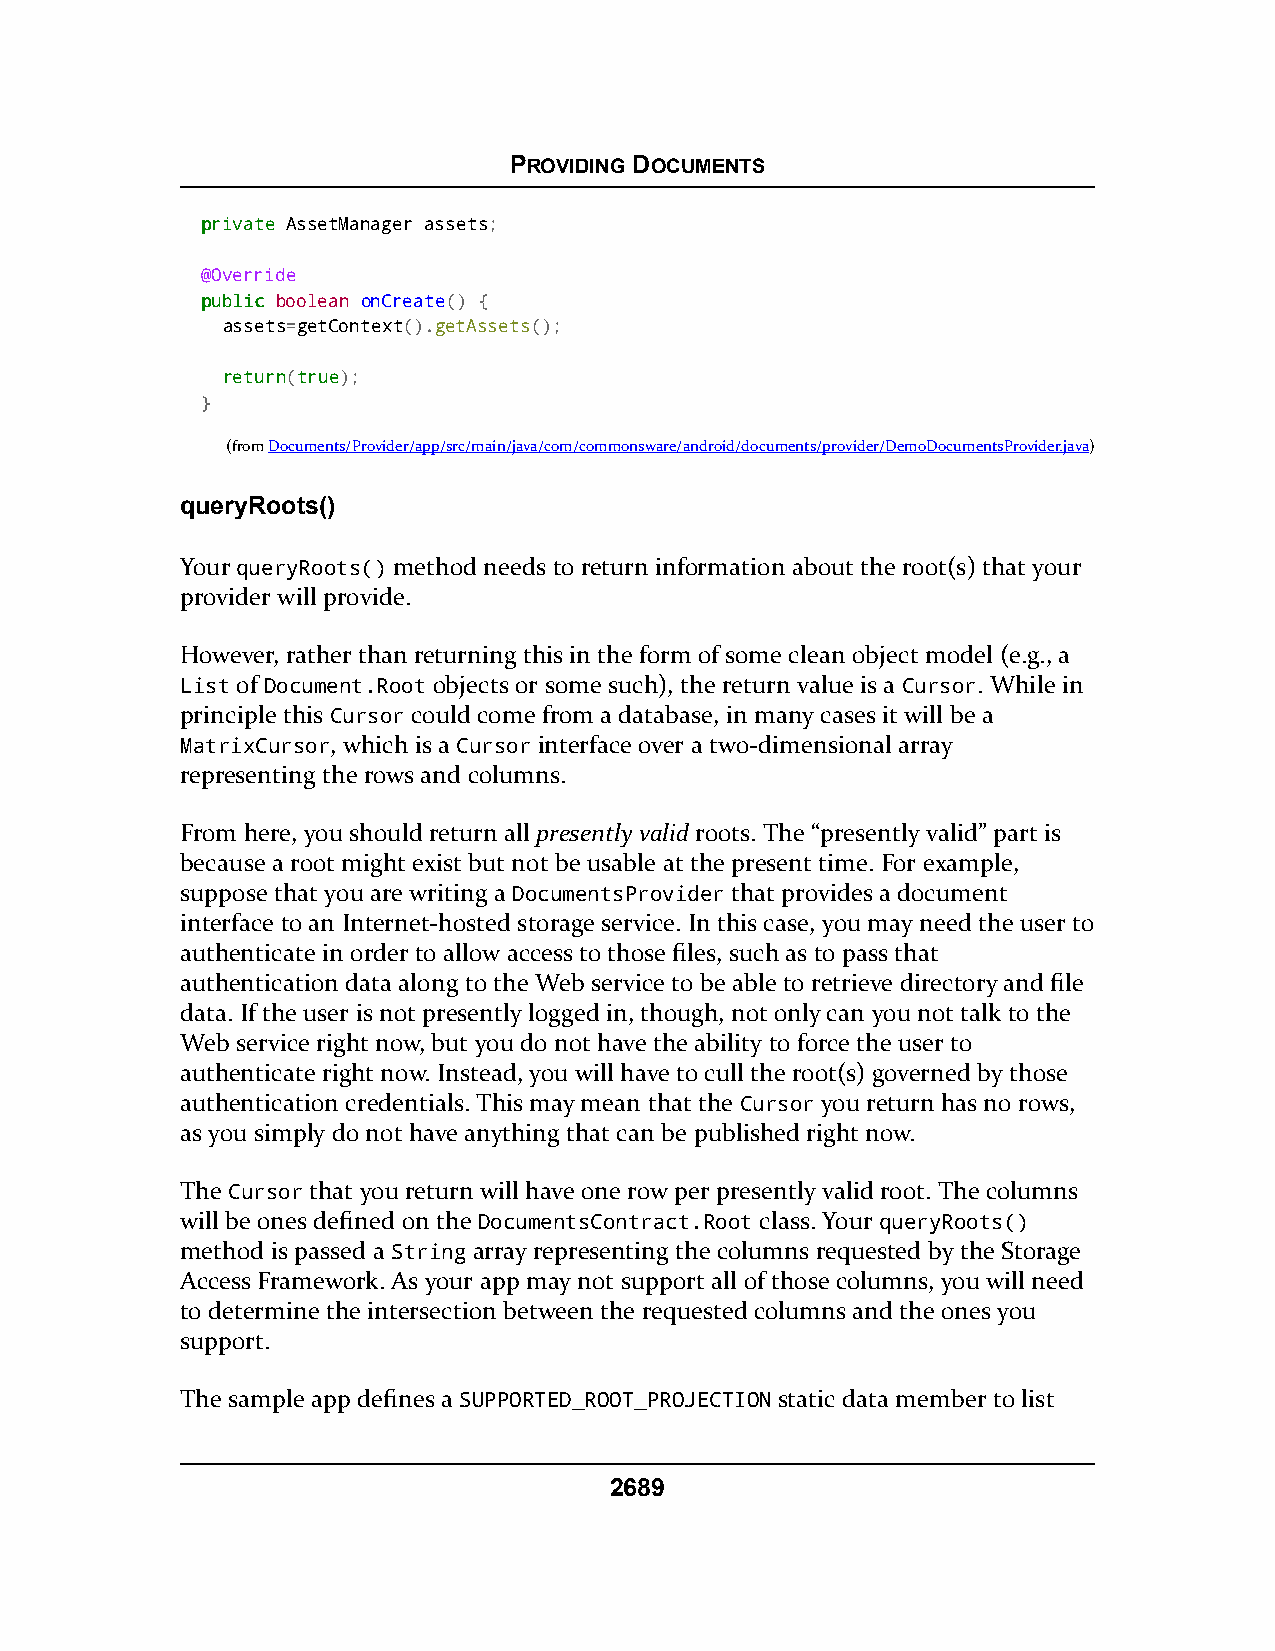
PROVIDING DOCUMENTS
 pprriivvaattee AssetManager assets;
 @Override
 ppuubblliicc boolean onCreate() {
 assets=getContext().getAssets();
 rreettuurrnn(ttrruuee);
 }
 (fromDocuments/Provider/app/src/main/java/com/commonsware/android/documents/provider/DemoDocumentsProvider.java)
 queryRoots()
 Your queryRoots() method needs to return information about the root(s) that your
 provider will provide.
 However, rather than returning this in the form of some clean object model (e.g., a
 List of Document.Root objects or some such), the return value is a Cursor. While in
 principle this Cursor could come from a database, in many cases it will be a
 MatrixCursor, which is a Cursor interface over a two-dimensional array
 representing the rows and columns.
 From here, you should return all presently valid roots. The “presently valid” part is
 because a root might exist but not be usable at the present time. For example,
 suppose that you are writing a DocumentsProvider that provides a document
 interface to an Internet-hosted storage service. In this case, you may need the user to
 authenticate in order to allow access to those files, such as to pass that
 authentication data along to the Web service to be able to retrieve directory and file
 data. If the user is not presently logged in, though, not only can you not talk to the
 Web service right now, but you do not have the ability to force the user to
 authenticate right now. Instead, you will have to cull the root(s) governed by those
 authentication credentials. This may mean that the Cursor you return has no rows,
 as you simply do not have anything that can be published right now.
 The Cursor that you return will have one row per presently valid root. The columns
 will be ones defined on the DocumentsContract.Root class. Your queryRoots()
 method is passed a String array representing the columns requested by the Storage
 Access Framework. As your app may not support all of those columns, you will need
 to determine the intersection between the requested columns and the ones you
 support.
 The sample app defines a SUPPORTED_ROOT_PROJECTION static data member to list
 2689